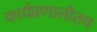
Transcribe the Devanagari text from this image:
कार्यप्रणालीतच